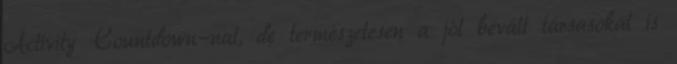
Activity Countdown-nal, de természetesen a jól bevált társasokat is